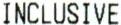
INCLUSIVE